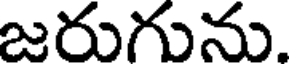
జరుగును.